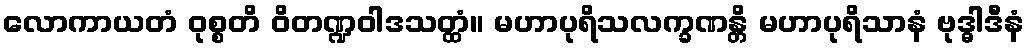
လောကာယတံ ဝုစ္စတိ ဝိတဏ္ဍဝါဒသတ္ထံ။ မဟာပုရိသလက္ခဏန္တိ မဟာပုရိသာနံ ဗုဒ္ဓါဒီနံ